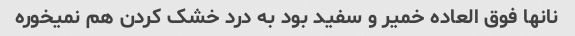
نانها فوق العاده خمیر و سفید بود به درد خشک کردن هم نمیخوره